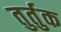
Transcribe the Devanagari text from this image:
तुर्तुक